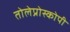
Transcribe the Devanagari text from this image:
तोलेप्रोस्कोपी